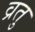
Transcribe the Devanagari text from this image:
व्रतु